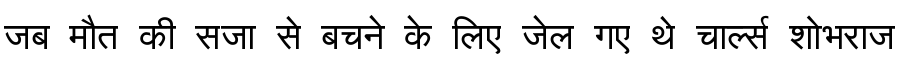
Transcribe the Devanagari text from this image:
जब मौत की सजा से बचने के लिए जेल गए थे चार्ल्स शोभराज